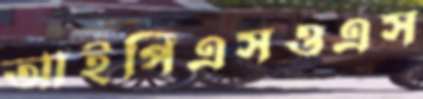
আইপিএসওএস